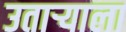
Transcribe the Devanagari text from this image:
उताऱ्याला